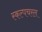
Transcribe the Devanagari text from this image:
स्‍कल्‍पचरल